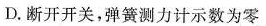
D.断开开关，弹簧测力计示数为零